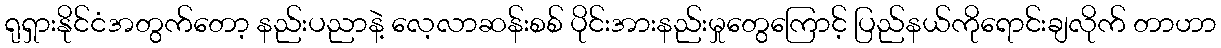
ရုရှားနိုင်ငံအတွက်တော့ နည်းပညာနဲ့ လေ့လာဆန်းစစ် ပိုင်းအားနည်းမှုတွေကြောင့် ပြည်နယ်ကိုရောင်းချလိုက် တာဟာ